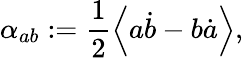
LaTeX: \alpha_{ab}:=\frac 12\left\langle a\dot{b}-b\dot{a}\right\rangle,